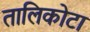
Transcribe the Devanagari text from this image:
तालिकोटा